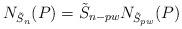
LaTeX: \begin{align*}N_{\tilde{S}_n}(P)=\tilde{S}_{n-pw}N_{\tilde{S}_{pw}}(P)\end{align*}